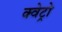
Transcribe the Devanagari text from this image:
क्वेट्रो